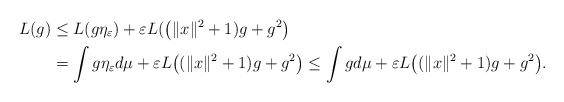
\begin{align*}L(g)&\leq L(g\eta_\varepsilon)+\varepsilon L(\big(\|x\|^2+1)g+g^2\big)\\&=\int g\eta_\varepsilon d\mu+ \varepsilon L\big((\|x\|^2+1)g+g^2\big)\leq \int g d\mu+ \varepsilon L\big((\|x\|^2+1)g+g^2\big).\end{align*}